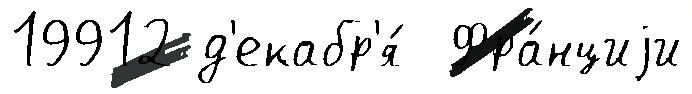
19912 д'екабр'я́  Фра́нциjи